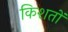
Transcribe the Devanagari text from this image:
किशतों